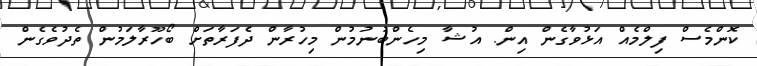
ކޮންމެސް ފިލްމެއް އަޅުވާގެން އިން. އުޝާ މިހެންބުނުމުން މިހުރާން ދެފަރާތަށް ބޯހޫރާލަމުން ތެދުވެގެން